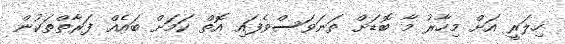
ހިލަރީ އަށް މިހާރު މާ ބޮޑަށް ތަނަވަސްވެފައި އޮތް ކަމަށް ބައެއް ފަރާތްތަކުން